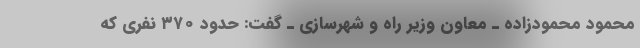
محمود محمودزاده ـ معاون وزیر راه و شهرسازی ـ گفت: حدود ۳۷۰ نفری که